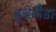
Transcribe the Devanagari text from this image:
हुचेगौडा